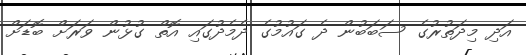
އަދި މިދަތުރުގެ ސަބަބުން ދެ ގައުމުގެ ދެމެދުގައި އޮތް ގުޅުން ވަރަށް ބޮޑަށް